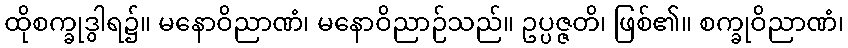
ထိုစက္ခုဒွါရ၌။ မနောဝိညာဏံ၊ မနောဝိညာဉ်သည်။ ဥပ္ပဇ္ဇတိ၊ ဖြစ်၏။ စက္ခုဝိညာဏံ၊